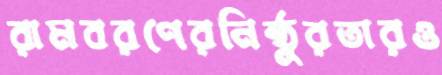
রামবরণেরনিষ্ঠুরতারও